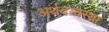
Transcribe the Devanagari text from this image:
अर्थवय्वस्था